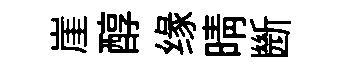
崖醇缘晴㫁